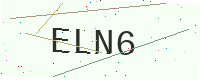
Text: ELN6